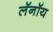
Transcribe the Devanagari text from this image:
लॅनॉय